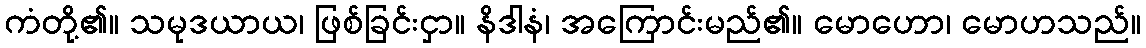
ကံတို့၏။ သမုဒယာယ၊ ဖြစ်ခြင်းငှာ။ နိဒါနံ၊ အကြောင်းမည်၏။ မောဟော၊ မောဟသည်။